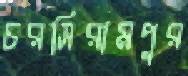
চরসিরামপুর